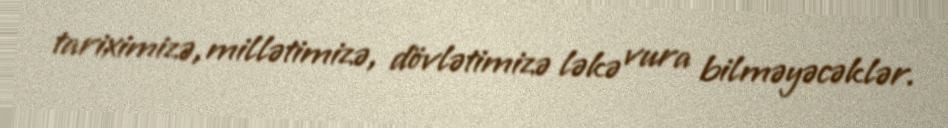
tariximizə, millətimizə, dövlətimizə ləkə vura bilməyəcəklər.